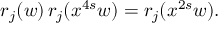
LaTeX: r _ { j } ( w ) \, r _ { j } ( x ^ { 4 s } w ) = r _ { j } ( x ^ { 2 s } w ) .